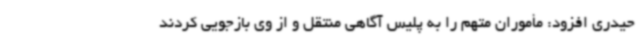
حیدری افزود: مأموران متهم را به پلیس آگاهی منتقل و از وی بازجویی کردند